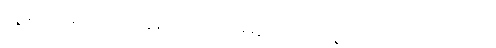
လျှိုဆိုတဲ့နေရာမှာ ကိုဘွန်ဟောင်းက မဆွဲတတ်လို့ လျှိုလို့ ထည့်ရေးထားတယ်။